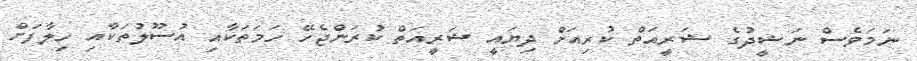
ނަމަވެސް ނަޝީދުގެ ޝަރީއަތް ކުރިއަށް ދިޔައީ ޝަރީއަތް ކުރަންޖެހޭ ހަމަތަކާއި އުސޫލުތަކާއި ހިލާފަށް